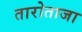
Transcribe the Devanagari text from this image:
तारोताजा